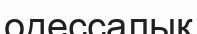
одессалық